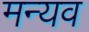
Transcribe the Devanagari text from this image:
मन्यव